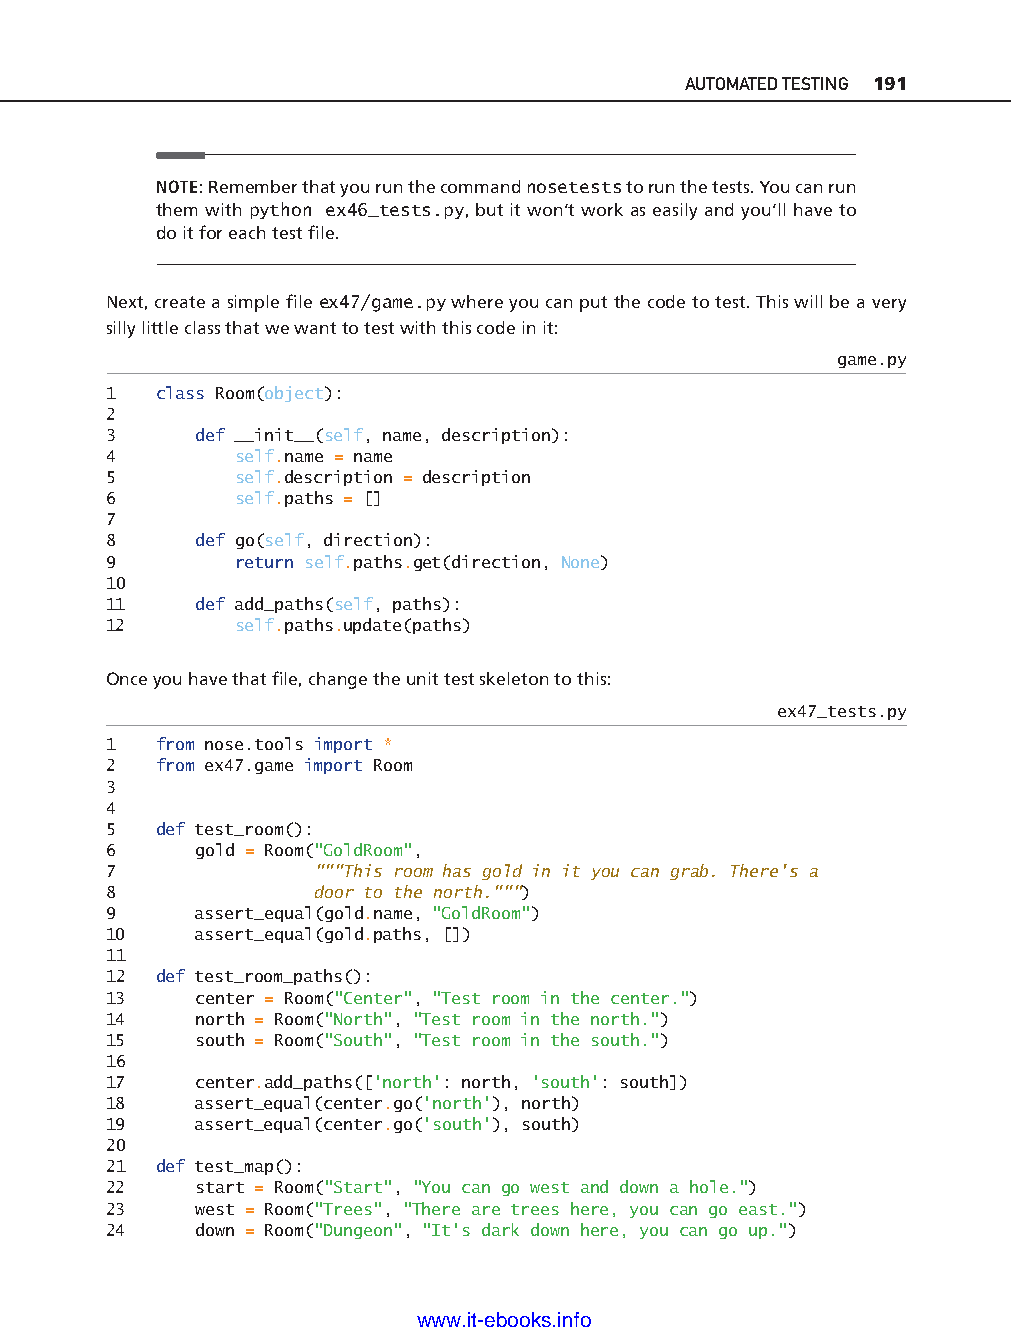
AUTOMATED TESTING 191
 NOTE: Remember that you run the command nosetests to run the tests. You can run
 them with python ex46_tests.py, but it won’t work as easily and you’ll have to
 do it for each test fi le.
 Next, create a simple fi le ex47/game.py where you can put the code to test. This will be a very
 silly little class that we want to test with this code in it:
 game.py
 1   class Room(object):
 2
 3     def __init__(self, name, description):
 4        self.name = name
 5        self.description = description
 6        self.paths = []
 7
 8     def go(self, direction):
 9        return self.paths.get(direction, None)
 10
 11    def add_paths(self, paths):
 12       self.paths.update(paths)
 Once you have that fi le, change the unit test skeleton to this:              ptg11539604
 ex47_tests.py
 1   from nose.tools import *
 2   from ex47.game import Room
 3
 4
 5   def test_room():
 6     gold = Room("GoldRoom",
 7             """This room has gold in it you can grab. There's a
 8             door to the north.""")
 9     assert_equal(gold.name, "GoldRoom")
 10    assert_equal(gold.paths, [])
 11
 12  def test_room_paths():
 13    center = Room("Center", "Test room in the center.")
 14    north = Room("North", "Test room in the north.")
 15    south = Room("South", "Test room in the south.")
 16
 17    center.add_paths(['north': north, 'south': south])
 18    assert_equal(center.go('north'), north)
 19    assert_equal(center.go('south'), south)
 20
 21  def test_map():
 22    start = Room("Start", "You can go west and down a hole.")
 23    west = Room("Trees", "There are trees here, you can go east.")
 24    down = Room("Dungeon", "It's dark down here, you can go up.")
 www.it-ebooks.info